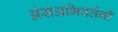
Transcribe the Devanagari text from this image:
अंसअभिवर्तनी